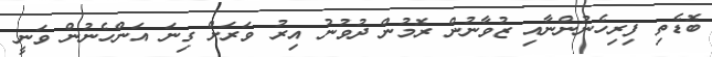
ބޮޑެތި ފިރިހެނުންނާއި ޒުވާނުން ރޮމުން ދުވުނު އިރު ވަރަށް ގިނަ އަންހެނުން ވަނީ